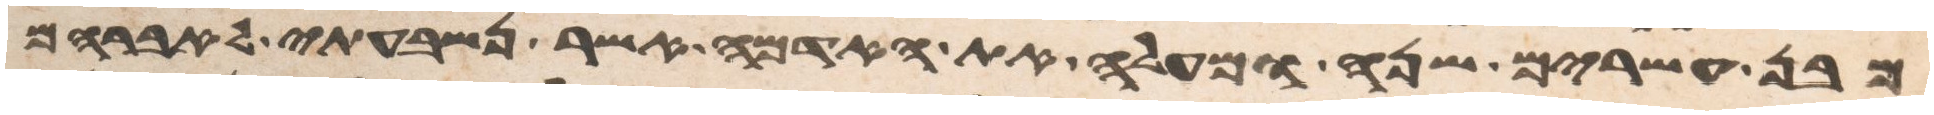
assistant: מבן עשרים שנה ומעלה את האדמה אשר נשבעתי לאברהם